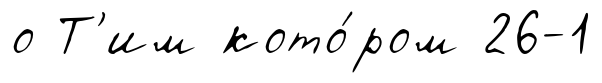
о Т'им кото́ром 26-1